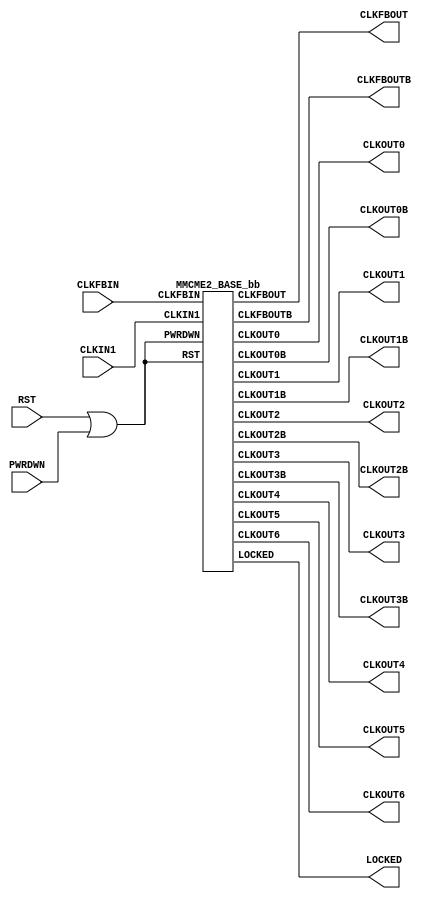
///////////////////////////////////////////////////////////////////////////////
//  Copyright (c) 1995/2016 Xilinx, Inc.
//  All Right Reserved.
///////////////////////////////////////////////////////////////////////////////
//   ____   ___
//  /   /\/   / 
// /___/  \  /     Vendor      : Xilinx 
// \   \   \/      Version     : 2016.1
//  \   \          Description : Xilinx Formal Library Component
//  /   /                      
// /___/   /\      Filename    : MMCME2_BASE.v
// \   \  /  \ 
//  \___\/\__ \                    
//                                 
///////////////////////////////////////////////////////////////////////////////
//  Revision:
//  05/27/10 - Initial version
///////////////////////////////////////////////////////////////////////////////

`timescale 1 ps / 1 ps 

`celldefine

module MMCME2_BASE (
  CLKFBOUT,
  CLKFBOUTB,
  CLKOUT0,
  CLKOUT0B,
  CLKOUT1,
  CLKOUT1B,
  CLKOUT2,
  CLKOUT2B,
  CLKOUT3,
  CLKOUT3B,
  CLKOUT4,
  CLKOUT5,
  CLKOUT6,
  LOCKED,
  CLKFBIN,
  CLKIN1,
  PWRDWN,
  RST
);

  parameter BANDWIDTH = "OPTIMIZED";
  parameter real CLKFBOUT_MULT_F = 5.000;
  parameter real CLKFBOUT_PHASE = 0.000;
  parameter real CLKIN1_PERIOD = 0.000;
  parameter real CLKOUT0_DIVIDE_F = 1.000;
  parameter real CLKOUT0_DUTY_CYCLE = 0.500;
  parameter real CLKOUT0_PHASE = 0.000;
  parameter integer CLKOUT1_DIVIDE = 1;
  parameter real CLKOUT1_DUTY_CYCLE = 0.500;
  parameter real CLKOUT1_PHASE = 0.000;
  parameter integer CLKOUT2_DIVIDE = 1;
  parameter real CLKOUT2_DUTY_CYCLE = 0.500;
  parameter real CLKOUT2_PHASE = 0.000;
  parameter integer CLKOUT3_DIVIDE = 1;
  parameter real CLKOUT3_DUTY_CYCLE = 0.500;
  parameter real CLKOUT3_PHASE = 0.000;
  parameter CLKOUT4_CASCADE = "FALSE";
  parameter integer CLKOUT4_DIVIDE = 1;
  parameter real CLKOUT4_DUTY_CYCLE = 0.500;
  parameter real CLKOUT4_PHASE = 0.000;
  parameter integer CLKOUT5_DIVIDE = 1;
  parameter real CLKOUT5_DUTY_CYCLE = 0.500;
  parameter real CLKOUT5_PHASE = 0.000;
  parameter integer CLKOUT6_DIVIDE = 1;
  parameter real CLKOUT6_DUTY_CYCLE = 0.500;
  parameter real CLKOUT6_PHASE = 0.000;
  parameter integer DIVCLK_DIVIDE = 1;
  parameter real REF_JITTER1 = 0.010;
  parameter STARTUP_WAIT = "FALSE";

`ifdef XIL_TIMING

  parameter LOC = "UNPLACED";

`endif

  output CLKFBOUT;
  output CLKFBOUTB;
  output CLKOUT0;
  output CLKOUT0B;
  output CLKOUT1;
  output CLKOUT1B;
  output CLKOUT2;
  output CLKOUT2B;
  output CLKOUT3;
  output CLKOUT3B;
  output CLKOUT4;
  output CLKOUT5;
  output CLKOUT6;
  output LOCKED;

  input CLKFBIN;
  input CLKIN1;
  input PWRDWN;
  input RST;

  wire RST_PWRDWN_in;

  assign RST_PWRDWN_in = RST | PWRDWN;

  MMCME2_BASE_bb inst_bb (
              .CLKFBOUT(CLKFBOUT),
              .CLKFBOUTB(CLKFBOUTB),
              .CLKOUT0(CLKOUT0),
              .CLKOUT0B(CLKOUT0B),
              .CLKOUT1(CLKOUT1),
              .CLKOUT1B(CLKOUT1B),
              .CLKOUT2(CLKOUT2),
              .CLKOUT2B(CLKOUT2B),
              .CLKOUT3(CLKOUT3),
              .CLKOUT3B(CLKOUT3B),
              .CLKOUT4(CLKOUT4),
              .CLKOUT5(CLKOUT5),
              .CLKOUT6(CLKOUT6),
              .LOCKED(LOCKED),
              .CLKFBIN(CLKFBIN),
              .CLKIN1(CLKIN1),
              .PWRDWN(RST_PWRDWN_in),
              .RST(RST_PWRDWN_in)
              );

endmodule

module MMCME2_BASE_bb (
  output CLKFBOUT,
  output CLKFBOUTB,
  output CLKOUT0,
  output CLKOUT0B,
  output CLKOUT1,
  output CLKOUT1B,
  output CLKOUT2,
  output CLKOUT2B,
  output CLKOUT3,
  output CLKOUT3B,
  output CLKOUT4,
  output CLKOUT5,
  output CLKOUT6,
  output LOCKED,

  input CLKFBIN,
  input CLKIN1,
  input PWRDWN,
  input RST
);

endmodule

`endcelldefine